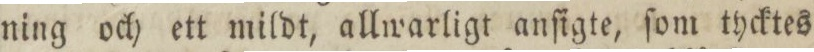
ning och ett mildt, allwarligt anſigte, ſom tycktes